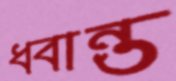
ধ্বান্ত